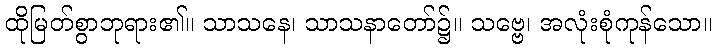
ထိုမြတ်စွာဘုရား၏။ သာသနေ၊ သာသနာတော်၌။ သဗ္ဗေ၊ အလုံးစုံကုန်သော။